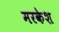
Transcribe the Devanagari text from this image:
मरकेश